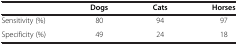
|  | Dogs | Cats | Horses |
 | --- | --- | --- | --- |
 | Sensitivity (%) | 80 | 94 | 97 |
 | Specificity (%) | 49 | 24 | 18 |